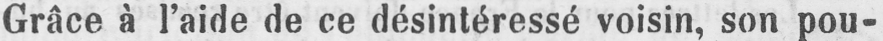
Grâce à l’aide de ce désintéressé voisin, son pou-